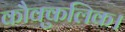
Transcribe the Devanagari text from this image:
कौक्कुलिक।